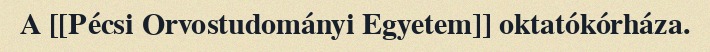
A [[Pécsi Orvostudományi Egyetem]] oktatókórháza.